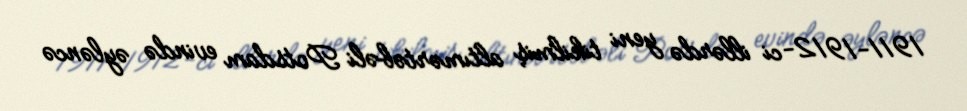
1911-1912-ci illərdə yeni tikilmiş altımərtəbəli Potsdam evində əyləncə